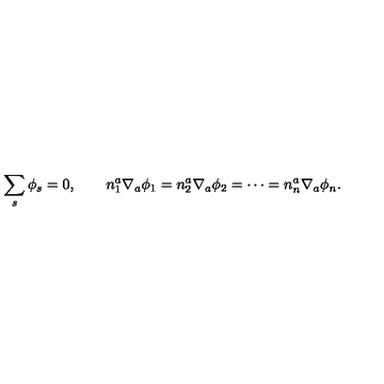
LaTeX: \sum _ { s } \phi _ { s } = 0 , \qquad n _ { 1 } ^ { a } \nabla _ { a } \phi _ { 1 } = n _ { 2 } ^ { a } \nabla _ { a } \phi _ { 2 } = \cdots = n _ { n } ^ { a } \nabla _ { a } \phi _ { n } .